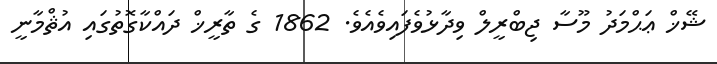
ޝޭޚް ޢަޙްމަދު މޫސާ ޖިބްރީލް ވިދާޅުވެފައިވެއެވެ. 1862 ގެ ތާރީޚް ދައްކާގޮތުގައި އުޘްމާނީ